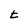
Character: t